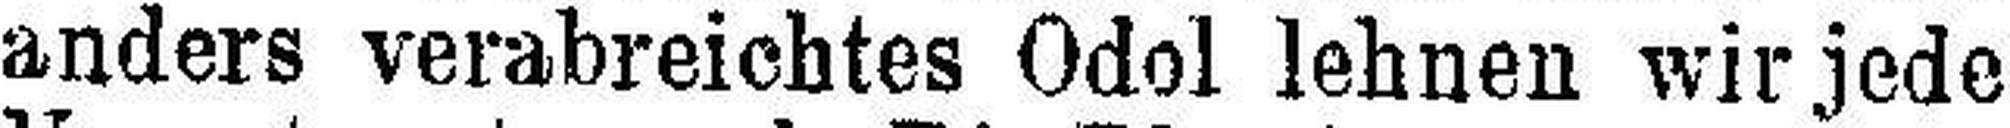
anders verabreichtes Odol lehnen wir jede